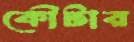
কৌটার